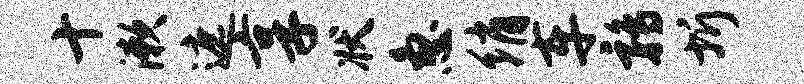
十漱遮享状急绡车鹑圻